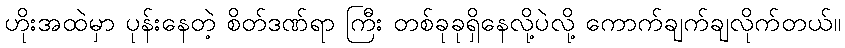
ဟိုးအထဲမှာ ပုန်းနေတဲ့ စိတ်ဒဏ်ရာ ကြီး တစ်ခုခုရှိနေလို့ပဲလို့ ကောက်ချက်ချလိုက်တယ်။